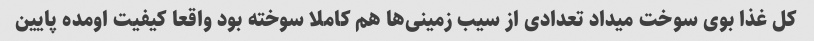
کل غذا بوی سوخت میداد تعدادی از سیب زمینی‌ها هم کاملا سوخته بود واقعا کیفیت اومده پایین